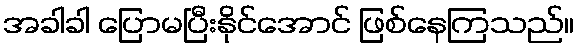
အခါခါ ပြောမပြီးနိုင်အောင် ဖြစ်နေကြသည်။